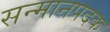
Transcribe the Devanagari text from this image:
सन्मानपदक